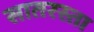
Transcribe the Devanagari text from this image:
सातरस्ता